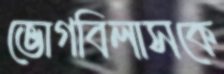
ভোগবিলাসকে